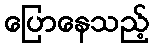
ပြောနေသည့်